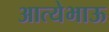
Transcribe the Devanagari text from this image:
आत्येभाऊ